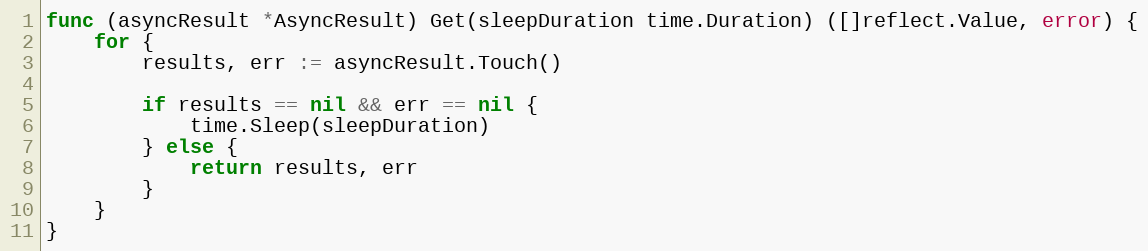
Language: Go
func (asyncResult *AsyncResult) Get(sleepDuration time.Duration) ([]reflect.Value, error) {
	for {
		results, err := asyncResult.Touch()

		if results == nil && err == nil {
			time.Sleep(sleepDuration)
		} else {
			return results, err
		}
	}
}